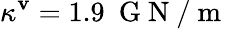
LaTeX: \kappa^{\mathbf{v}}=1.9~\mathrm{{~G~N~/~m~}}